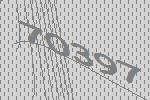
70397